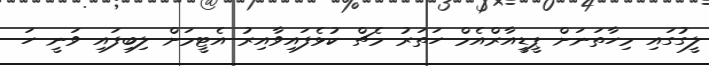
ލީގުގައި މިހާތަނަށް ޕީޑީއާރްއެމް ހަތަރު މެޗް ކުޅެފައިވާއިރު އެޓީމަށް ލިބިފައި ވަނީ ހަ